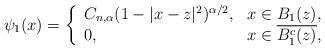
LaTeX: \begin{align*}\psi_1(x)=\left\{\begin{array}{ll}C_{n, \alpha}(1-|x-z|^2)^{\alpha/2}, &x \in B_1(z),\\0,&x \in \overline{B_1^c(z)},\end{array}\right.\end{align*}